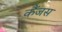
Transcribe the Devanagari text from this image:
कैंजस